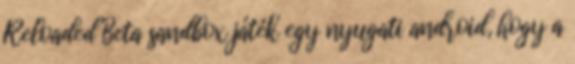
Reloaded Beta sandbox játék egy nyugati android, hogy a